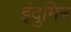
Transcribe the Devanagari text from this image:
इंदुमित्र